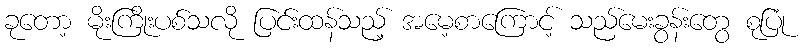
ခုတော့ မိုးကြိုးပစ်သလို ပြင်းထန်သည့် အမေ့စာကြောင့် သည်မေးခွန်းတွေ စုပြုံ